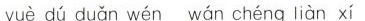
yuè dú duǎn wén wán chéng liàn xí